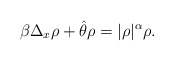
\begin{align*}\beta\Delta_x \rho+\hat{\theta}\rho=|\rho|^\alpha \rho.\end{align*}